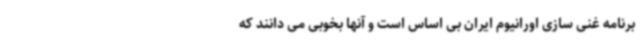
برنامه غنی سازی اورانیوم ایران بی اساس است و آنها بخوبی می دانند که